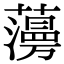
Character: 𧂧